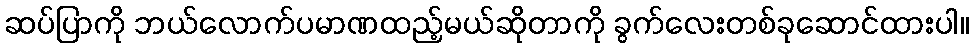
ဆပ်ပြာကို ဘယ်လောက်ပမာဏထည့်မယ်ဆိုတာကို ခွက်လေးတစ်ခုဆောင်ထားပါ။